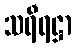
သရီရဋ္ဌာ